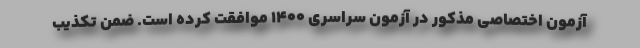
آزمون اختصاصی مذکور در آزمون سراسری ۱۴۰۰ موافقت کرده است. ضمن تکذیب